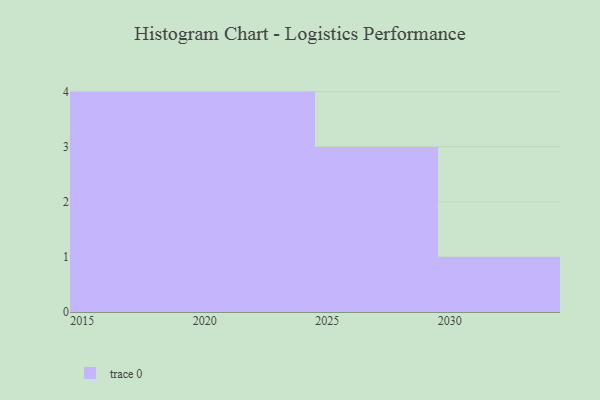
{"axis": {"x": "Year", "y": "Production Output"}, "legend": [""], "data": [{"x": "2020", "y": 82, "type": ""}, {"x": "2016", "y": 80, "type": ""}, {"x": "2030", "y": 87, "type": ""}, {"x": "2017", "y": 85, "type": ""}, {"x": "2018", "y": 77, "type": ""}, {"x": "2023", "y": 3, "type": ""}, {"x": "2029", "y": 12, "type": ""}, {"x": "2026", "y": 90, "type": ""}, {"x": "2021", "y": 87, "type": ""}, {"x": "2028", "y": 57, "type": ""}, {"x": "2022", "y": 78, "type": ""}, {"x": "2019", "y": 8, "type": ""}]}